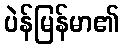
ပဲန်မြန်မာ၏